Indian journal of veterinary science and animal husbandry - Volume 10,
Year: 1940
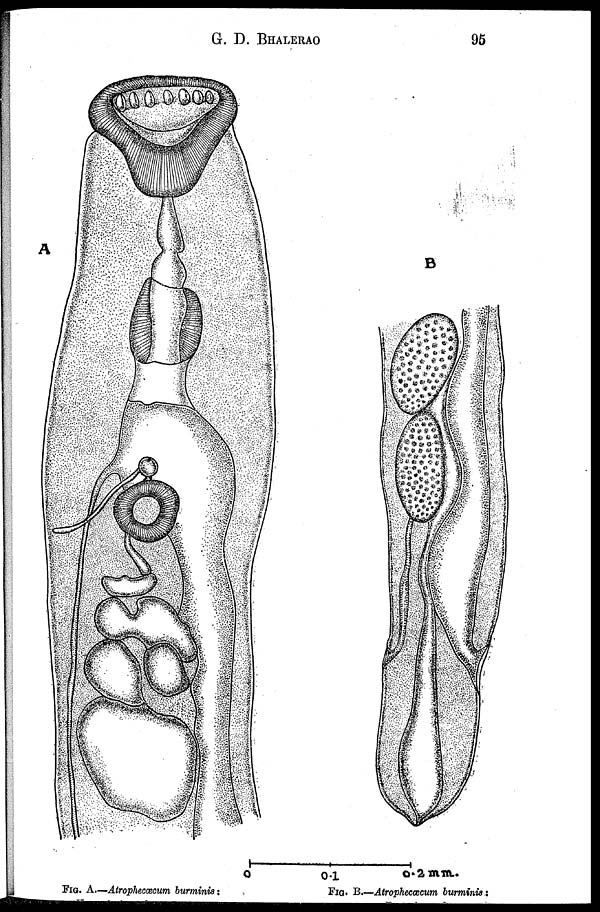
G. D.
BHALERAO
95
FIG. A.—Atrophecœcum burminis :
FIG. B.—Atrophecœcum burminis :